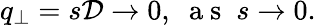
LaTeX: q_{\perp}=s\mathcal{D}\rightarrow 0,\; \mathrm{~a~s~}\; s\rightarrow 0.